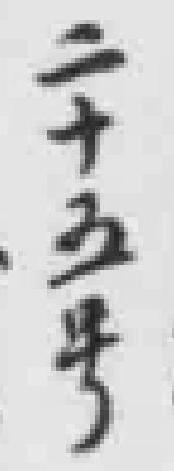
二十五号